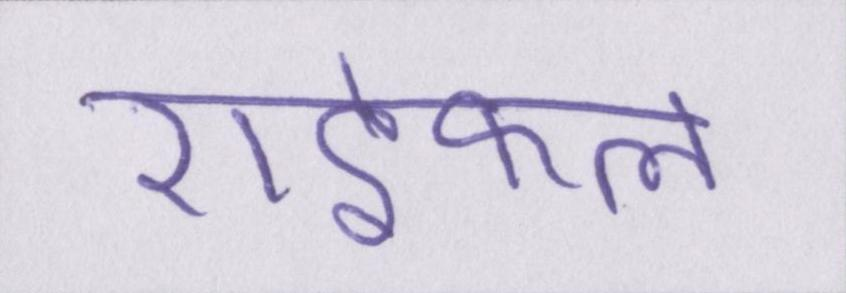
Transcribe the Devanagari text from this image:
राइफल